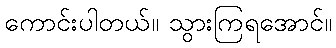
ကောင်းပါတယ်။ သွားကြရအောင်။